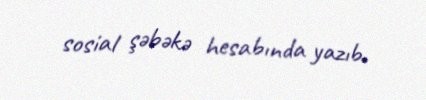
sosial şəbəkə hesabında yazıb.